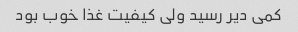
کمی دیر رسید ولی کیفیت غذا خوب بود